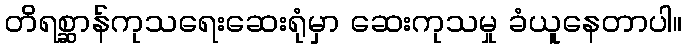
တိရစ္ဆာန်ကုသရေးဆေးရုံမှာ ဆေးကုသမှု ခံယူနေတာပါ။